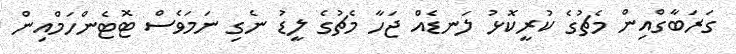
ގަރަބާގްއިން މެޗުގެ ކުރީކޮޅު ލަނޑެއް ޖަހާ މެޗުގެ ލީޑު ނެގި ނަމަވެސް ޓޮޓެންހަމްއިން